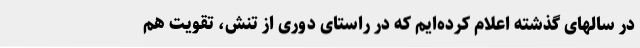
در سالهای گذشته اعلام کرده‌ایم که در راستای دوری از تنش، تقویت هم